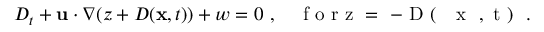
D _ { t } + \mathbf { u } \cdot \nabla ( z + D ( \mathbf { x } , t ) ) + w = 0 \ , \quad \mathrm { ~ f ~ o ~ r ~ z ~ = ~ - ~ D ~ ( ~ \mathbf ~ { ~ x ~ } ~ , ~ t ~ ) ~ } \ .